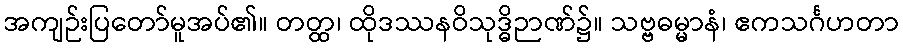
အကျဉ်းပြတော်မူအပ်၏။ တတ္ထ၊ ထိုဒဿနဝိသုဒ္ဓိဉာဏ်၌။ သဗ္ဗဓမ္မာနံ၊ ဧကသင်္ဂဟတာ